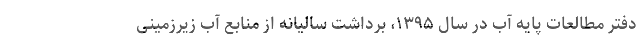
دفتر مطالعات پایه آب در سال ۱۳۹۵، برداشت سالیانه از منابع آب زیرزمینی